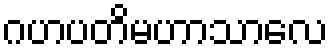
ဂဟပတိမဟာသာလေ